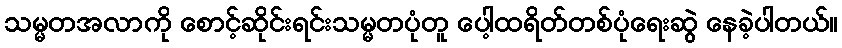
သမ္မတအလာကို စောင့်ဆိုင်းရင်းသမ္မတပုံတူ ပေါ့ထရိတ်တစ်ပုံရေးဆွဲ နေခဲ့ပါတယ်။